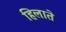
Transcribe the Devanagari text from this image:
हिलाते